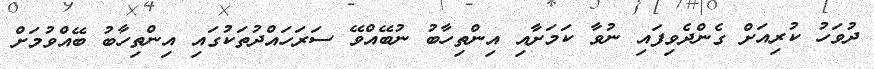
ދުވަހު ކުރިއަށް ގެންދެވިފައި ނުވާ ކަމަށާއި އިންތިހާބު ނުބޭއްވޭ ސަރަހައްދުތަކުގައި އިންތިހާބު ބޭއްވުމަށް